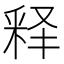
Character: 释